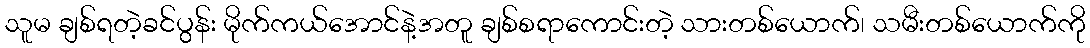
သူမ ချစ်ရတဲ့ခင်ပွန်း မိုက်ကယ်အောင်နဲ့အတူ ချစ်စရာကောင်းတဲ့ သားတစ်ယောက်၊ သမီးတစ်ယောက်ကို